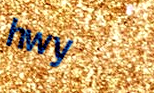
hwy